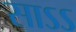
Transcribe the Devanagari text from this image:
साऽऽ